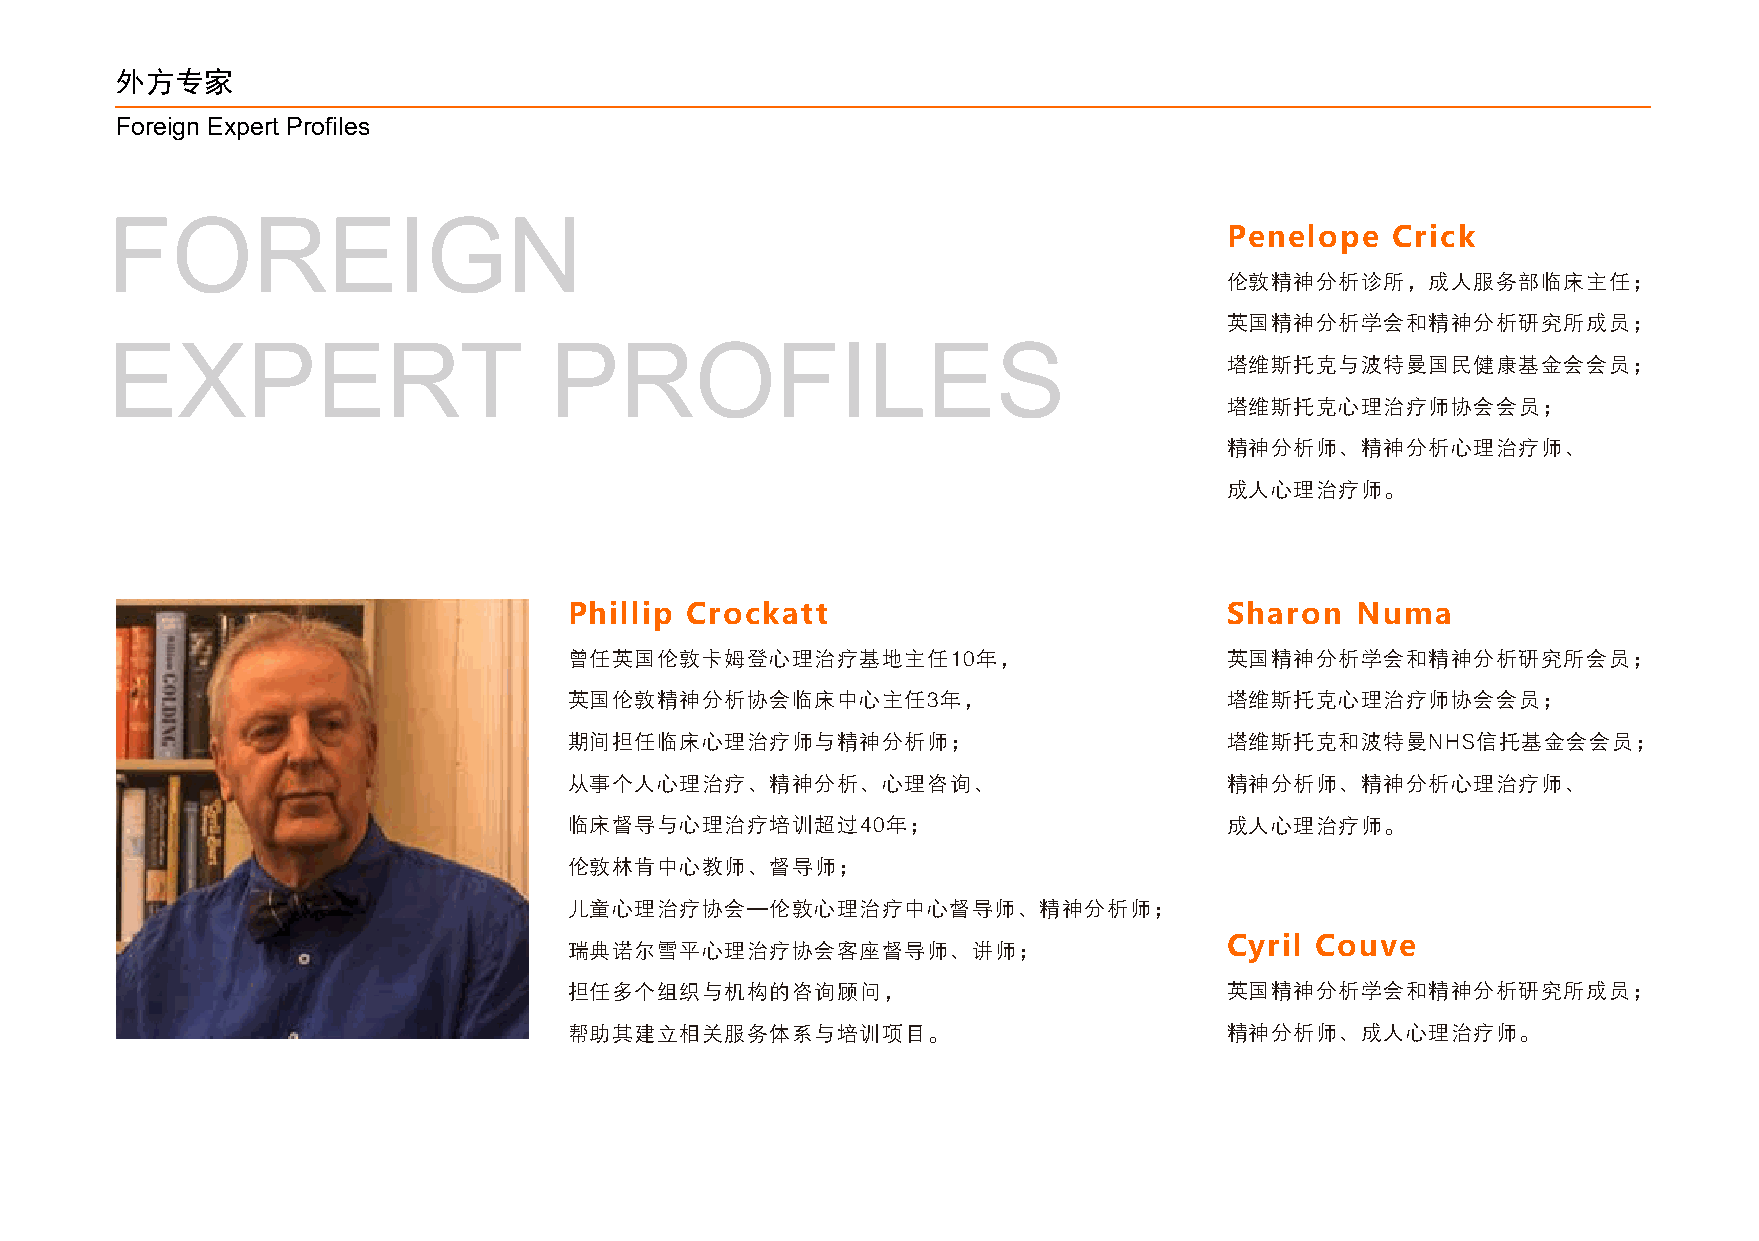
外方专家
 Foreign Expert Profiles
 FOREIGN                                                                   Penelope   Crick
 伦敦精神分析诊所，成人服务部临床主任；
 英国精神分析学会和精神分析研究所成员；
 EXPERT                       PROFILES
 塔维斯托克与波特曼国民健康基金会会员；
 塔维斯托克心理治疗师协会会员；
 精神分析师、精神分析心理治疗师、
 成人心理治疗师。
 Phillip Crockatt                           Sharon   Numa
 曾任英国伦敦卡姆登心理治疗基地主任10年，                      英国精神分析学会和精神分析研究所会员；
 英国伦敦精神分析协会临床中心主任3年，                        塔维斯托克心理治疗师协会会员；
 期间担任临床心理治疗师与精神分析师；                         塔维斯托克和波特曼NHS信托基金会会员；
 从事个人心理治疗、精神分析、心理咨询、                        精神分析师、精神分析心理治疗师、
 临床督导与心理治疗培训超过40年；                          成人心理治疗师。
 伦敦林肯中心教师、督导师；
 儿童心理治疗协会—伦敦心理治疗中心督导师、精神分析师；
 Cyril Couve
 瑞典诺尔雪平心理治疗协会客座督导师、讲师；
 担任多个组织与机构的咨询顾问，                            英国精神分析学会和精神分析研究所成员；
 帮助其建立相关服务体系与培训项目。                          精神分析师、成人心理治疗师。